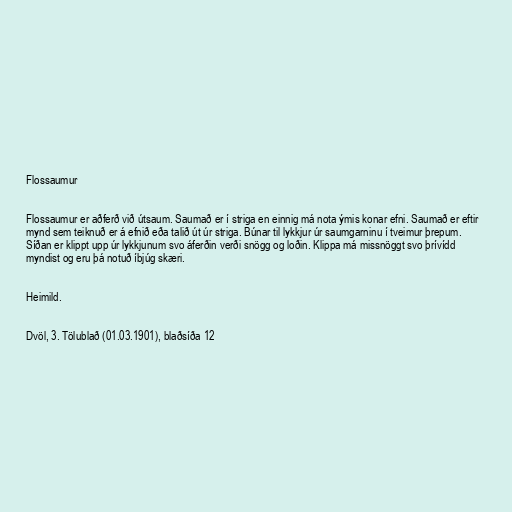
Flossaumur

Flossaumur er aðferð við útsaum. Saumað er í striga en einnig má nota ýmis konar efni. Saumað er eftir
mynd sem teiknuð er á efnið eða talið út úr striga. Búnar til lykkjur úr saumgarninu í tveimur þrepum.
Síðan er klippt upp úr lykkjunum svo áferðin verði snögg og loðin. Klippa má missnöggt svo þrívídd
myndist og eru þá notuð íbjúg skæri.

Heimild.

Dvöl, 3. Tölublað (01.03.1901), blaðsíða 12